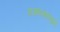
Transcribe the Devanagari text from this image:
गजबजाटामुळे